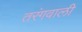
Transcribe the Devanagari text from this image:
तरंगवाली